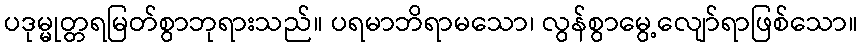
ပဒုမ္မုတ္တရမြတ်စွာဘုရားသည်။ ပရမာဘိရာမသော၊ လွန်စွာမွေ့လျော်ရာဖြစ်သော။